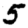
Digit: 5